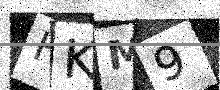
Text: HKM9